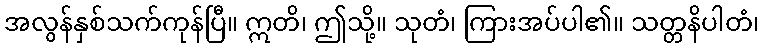
အလွန်နှစ်သက်ကုန်ပြီ။ ဣတိ၊ ဤသို့။ သုတံ၊ ကြားအပ်ပါ၏။ သတ္တနိပါတံ၊